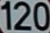
120